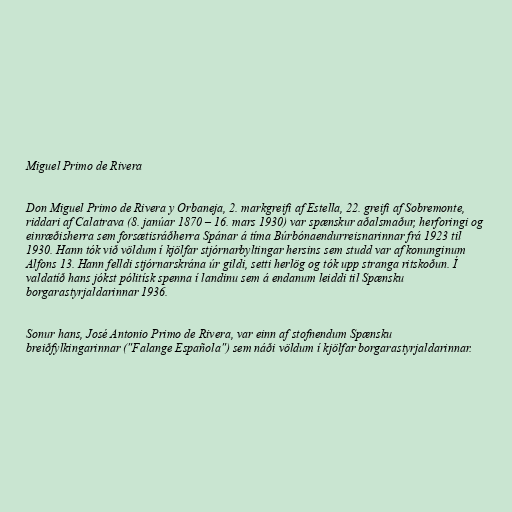
Miguel Primo de Rivera

Don Miguel Primo de Rivera y Orbaneja, 2. markgreifi af Estella, 22. greifi af Sobremonte,
riddari af Calatrava (8. janúar 1870 – 16. mars 1930) var spænskur aðalsmaður, herforingi og
einræðisherra sem forsætisráðherra Spánar á tíma Búrbónaendurreisnarinnar frá 1923 til
1930. Hann tók við völdum í kjölfar stjórnarbyltingar hersins sem studd var af konunginum
Alfons 13. Hann felldi stjórnarskrána úr gildi, setti herlög og tók upp stranga ritskoðun. Í
valdatíð hans jókst pólitísk spenna í landinu sem á endanum leiddi til Spænsku
borgarastyrjaldarinnar 1936.

Sonur hans, José Antonio Primo de Rivera, var einn af stofnendum Spænsku
breiðfylkingarinnar ("Falange Española") sem náði völdum í kjölfar borgarastyrjaldarinnar.